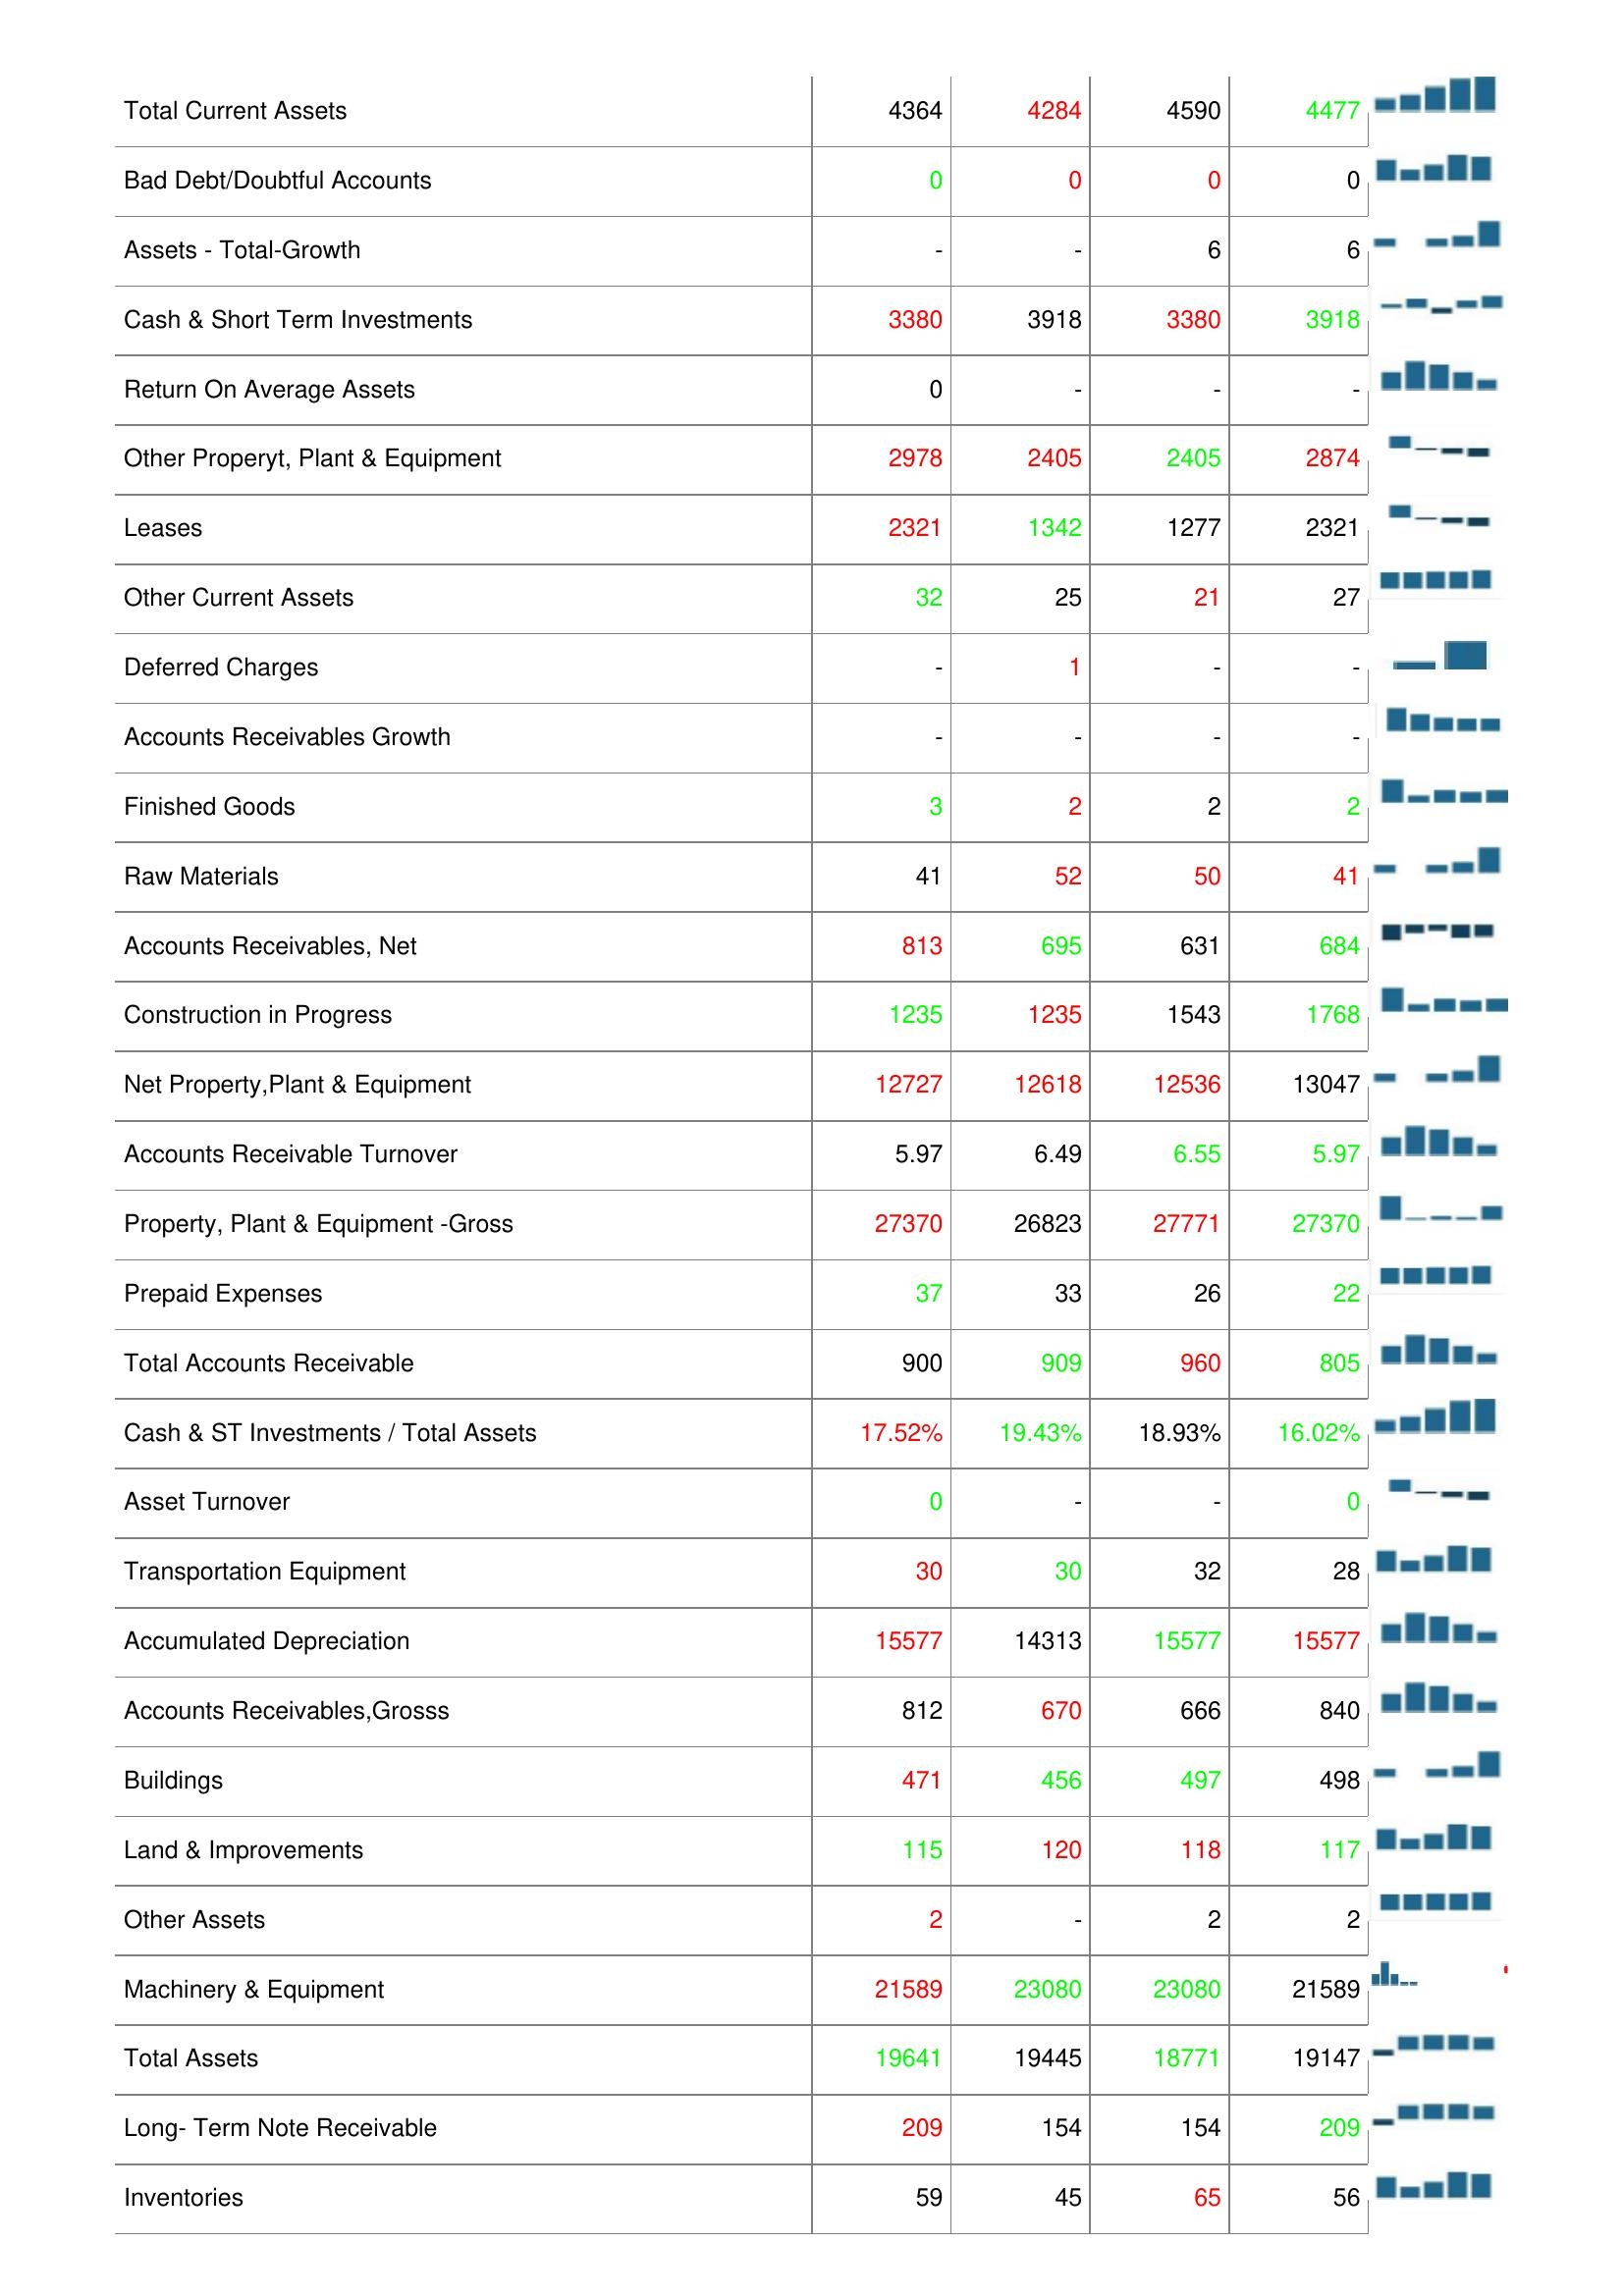
2008: Assets: Total Investments and Advances: 738
Other Receivables: 257
Cash Only: 13761
Cash & Short Term Investments Growth: -
Computer Software and Equipment: 245
LT Investment - Affiliate Companies: 672
Total Current Assets: 4364
Bad Debt/Doubtful Accounts: 0
Assets - Total-Growth: -
Cash & Short Term Investments: 3380
Return On Average Assets: 0
Other Properyt, Plant & Equipment: 2978
Leases: 2321
Other Current Assets: 32
Deferred Charges: -
Accounts Receivables Growth: -
Finished Goods: 3
Raw Materials: 41
Accounts Receivables, Net: 813
Construction in Progress: 1235
Net Property,Plant & Equipment: 12727
Accounts Receivable Turnover: 5.97
Property, Plant & Equipment -Gross: 27370
Prepaid Expenses: 37
Total Accounts Receivable: 900
Cash & ST Investments / Total Assets: 17.52%
Asset Turnover: 0
Transportation Equipment: 30
Accumulated Depreciation: 15577
Accounts Receivables,Grosss: 812
Buildings: 471
Land & Improvements: 115
Other Assets: 2
Machinery & Equipment: 21589
Total Assets: 19641
Long- Term Note Receivable: 209
Inventories: 59
2007: Assets: Total Investments and Advances: 819
Other Receivables: 152
Cash Only: 13761
Cash & Short Term Investments Growth: -
Computer Software and Equipment: 192
LT Investment - Affiliate Companies: 623
Total Current Assets: 4284
Bad Debt/Doubtful Accounts: 0
Assets - Total-Growth: -
Cash & Short Term Investments: 3918
Return On Average Assets: -
Other Properyt, Plant & Equipment: 2405
Leases: 1342
Other Current Assets: 25
Deferred Charges: 1
Accounts Receivables Growth: -
Finished Goods: 2
Raw Materials: 52
Accounts Receivables, Net: 695
Construction in Progress: 1235
Net Property,Plant & Equipment: 12618
Accounts Receivable Turnover: 6.49
Property, Plant & Equipment -Gross: 26823
Prepaid Expenses: 33
Total Accounts Receivable: 909
Cash & ST Investments / Total Assets: 19.43%
Asset Turnover: -
Transportation Equipment: 30
Accumulated Depreciation: 14313
Accounts Receivables,Grosss: 670
Buildings: 456
Land & Improvements: 120
Other Assets: -
Machinery & Equipment: 23080
Total Assets: 19445
Long- Term Note Receivable: 154
Inventories: 45
2006: Assets: Total Investments and Advances: 762
Other Receivables: 257
Cash Only: 4290
Cash & Short Term Investments Growth: -
Computer Software and Equipment: 203
LT Investment - Affiliate Companies: 826
Total Current Assets: 4590
Bad Debt/Doubtful Accounts: 0
Assets - Total-Growth: 6
Cash & Short Term Investments: 3380
Return On Average Assets: -
Other Properyt, Plant & Equipment: 2405
Leases: 1277
Other Current Assets: 21
Deferred Charges: -
Accounts Receivables Growth: -
Finished Goods: 2
Raw Materials: 50
Accounts Receivables, Net: 631
Construction in Progress: 1543
Net Property,Plant & Equipment: 12536
Accounts Receivable Turnover: 6.55
Property, Plant & Equipment -Gross: 27771
Prepaid Expenses: 26
Total Accounts Receivable: 960
Cash & ST Investments / Total Assets: 18.93%
Asset Turnover: -
Transportation Equipment: 32
Accumulated Depreciation: 15577
Accounts Receivables,Grosss: 666
Buildings: 497
Land & Improvements: 118
Other Assets: 2
Machinery & Equipment: 23080
Total Assets: 18771
Long- Term Note Receivable: 154
Inventories: 65
2005: Assets: Total Investments and Advances: 819
Other Receivables: 152
Cash Only: 4290
Cash & Short Term Investments Growth: -
Computer Software and Equipment: 199
LT Investment - Affiliate Companies: 749
Total Current Assets: 4477
Bad Debt/Doubtful Accounts: 0
Assets - Total-Growth: 6
Cash & Short Term Investments: 3918
Return On Average Assets: -
Other Properyt, Plant & Equipment: 2874
Leases: 2321
Other Current Assets: 27
Deferred Charges: -
Accounts Receivables Growth: -
Finished Goods: 2
Raw Materials: 41
Accounts Receivables, Net: 684
Construction in Progress: 1768
Net Property,Plant & Equipment: 13047
Accounts Receivable Turnover: 5.97
Property, Plant & Equipment -Gross: 27370
Prepaid Expenses: 22
Total Accounts Receivable: 805
Cash & ST Investments / Total Assets: 16.02%
Asset Turnover: 0
Transportation Equipment: 28
Accumulated Depreciation: 15577
Accounts Receivables,Grosss: 840
Buildings: 498
Land & Improvements: 117
Other Assets: 2
Machinery & Equipment: 21589
Total Assets: 19147
Long- Term Note Receivable: 209
Inventories: 56